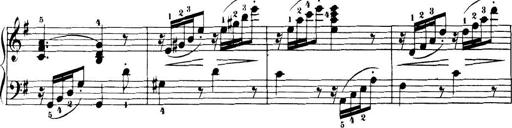
Title: 32 Sonatinas and Rondos for the Piano
Composer: Richard Kleinmichel